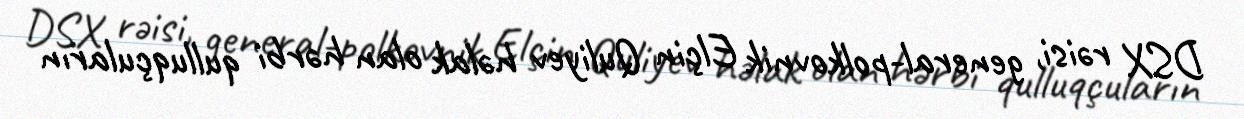
DSX rəisi, general-polkovnik Elçin Quliyev həlak olan hərbi qulluqçuların